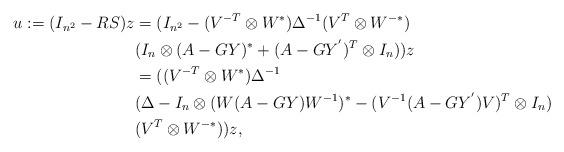
LaTeX: \begin{align*}u := (I_{n^2}-RS)z &= (I_{n^2}- (V^{-T} \otimes W^*) \Delta^{-1} (V^T \otimes W^{-*})\\&(I_n \otimes (A-GY)^* + (A-GY^{'})^T \otimes I_n))z\\& = ((V^{-T} \otimes W^*) \Delta^{-1}\\&(\Delta - I_n \otimes (W (A-G Y) W^{-1})^* - (V^{-1} (A-GY^{'}) V)^T \otimes I_n)\\&(V^T \otimes W^{-*}))z, \end{align*}